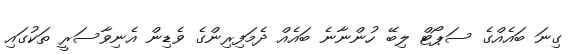
ގިނަ ބައެއްގެ ސަޕޯޓް ލިބޭ ހުންނާނެ ބައެއް ދެމަފިރިންގެ ވެޑިން އެނިވާސަރީ ތަކުގައި